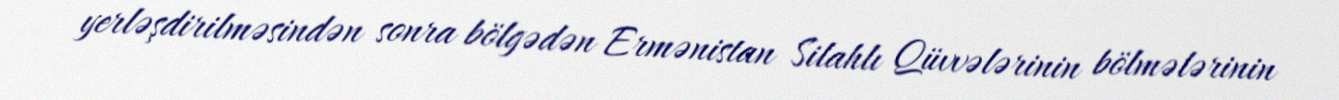
yerləşdirilməsindən sonra bölgədən Ermənistan Silahlı Qüvvələrinin bölmələrinin